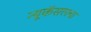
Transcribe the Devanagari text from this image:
न्यूकॅसलचा